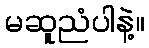
မဆူညံပါနဲ့။